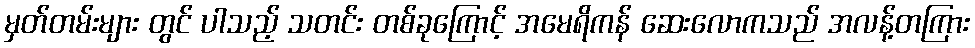
မှတ်တမ်းများ တွင် ပါသည့် သတင်း တစ်ခုကြောင့် အမေရိကန် ဆေးလောကသည် အလန့်တကြား